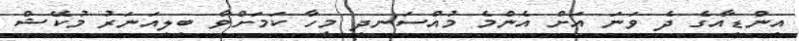
އިންޑިއާގެ ދެ ވަނަ އަށް އެންމެ މުއްސަނދި މީހާ ކަމަށްވާ ބިލިއަނަރު މުކޭޝް